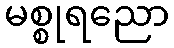
မစ္စုရညော